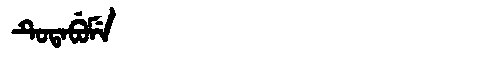
Manchu: ᡨᡠᡨᠠᠪᡠᠮᡝ
Romanization: TUTABUME